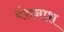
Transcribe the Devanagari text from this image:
वंशनाश